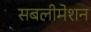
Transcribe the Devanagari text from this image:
सबलीमेशन